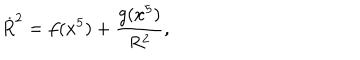
LaTeX: \dot { R } ^ { 2 } = f ( x ^ { 5 } ) + \frac { g ( x ^ { 5 } ) } { R ^ { 2 } } ,